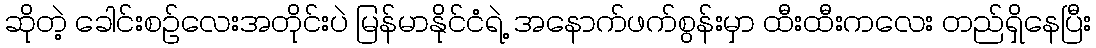
ဆိုတဲ့ ခေါင်းစဉ်လေးအတိုင်းပဲ မြန်မာနိုင်ငံရဲ့ အနောက်ဖက်စွန်းမှာ ထီးထီးကလေး တည်ရှိနေပြီး